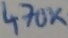
Text: 470K